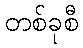
တစ်ခုစီ